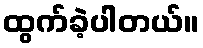
ထွက်ခဲ့ပါတယ်။